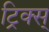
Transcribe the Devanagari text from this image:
ट्रिक्स्